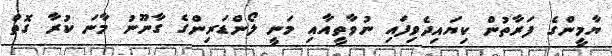
ޔާމީންގެ ފަރާތުން ކިޔައިދެވިފައި ނުވާތީއާއި މަނީ ލޯންޑަރިންގެ ގާނޫނު މާނަ ކުރާ ގޮތް